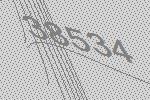
38534